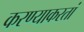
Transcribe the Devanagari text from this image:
करण्याकरतां